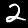
Digit: 2